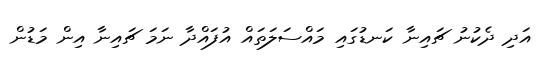
އަދި ދެކުނު ޗައިނާ ކަނޑުގައި މައްސަލަތައް އުފައްދާ ނަމަ ޗައިނާ އިން މަޑުން